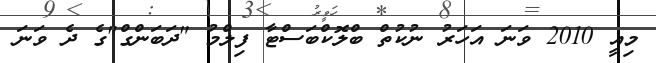
މިއީ 2010 ވަނަ އަހަރު ނުކުތް ބްލޮކްބަސްޓާ ފިލްމު "ދަބަންގް"ގެ ދެ ވަނަ